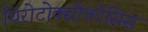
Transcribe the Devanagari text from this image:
थिरोटोक्सीकोसिस